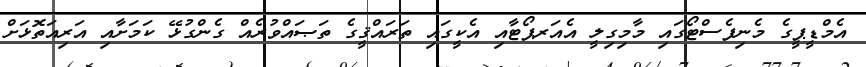
އެމްޑީޕީގެ މެނިފެސްޓޯގައި މާމިގިލީ އެއަރޕޯޓާއި އެކީގައި ތަރައްޤީގެ ތަޞައްވުރެއް ގެންގުޅޭ ކަމަށާއި އަރިއަތޮޅަށް